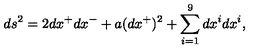
d s ^ { 2 } = 2 d x ^ { + } d x ^ { - } + a ( d x ^ { + } ) ^ { 2 } + \sum _ { i = 1 } ^ { 9 } d x ^ { i } d x ^ { i } ,